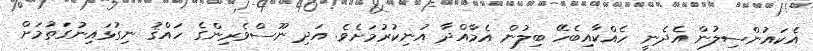
އެކައުންސިލުން އެދެނީ ހެއްކާއިބެހޭ ބިލުން އެމާއްދާ އުނިކުރުމަށެވެ. އަދި ނޫސްވެރިންގެ ހައްޤު ނިގުޅައިނުގަތުމަށް